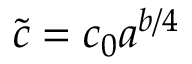
\tilde { c } = c _ { 0 } a ^ { b / 4 }